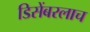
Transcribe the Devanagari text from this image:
डिसेंबरलाच